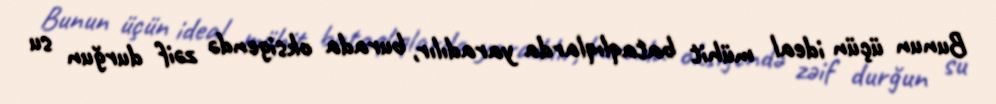
Bunun üçün ideal mühit bataqlıqlarda yaradılır, burada oksigendə zəif durğun su